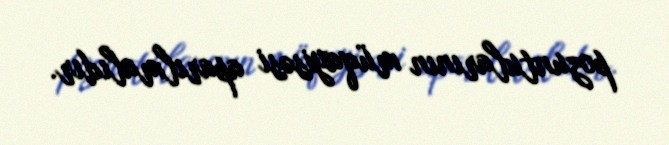
pozuntularının müqayisəsi aparılmalıdır.